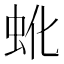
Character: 𬟹